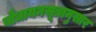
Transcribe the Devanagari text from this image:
बौधायनसूत्रानुसार